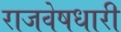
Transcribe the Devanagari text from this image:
राजवेषधारी